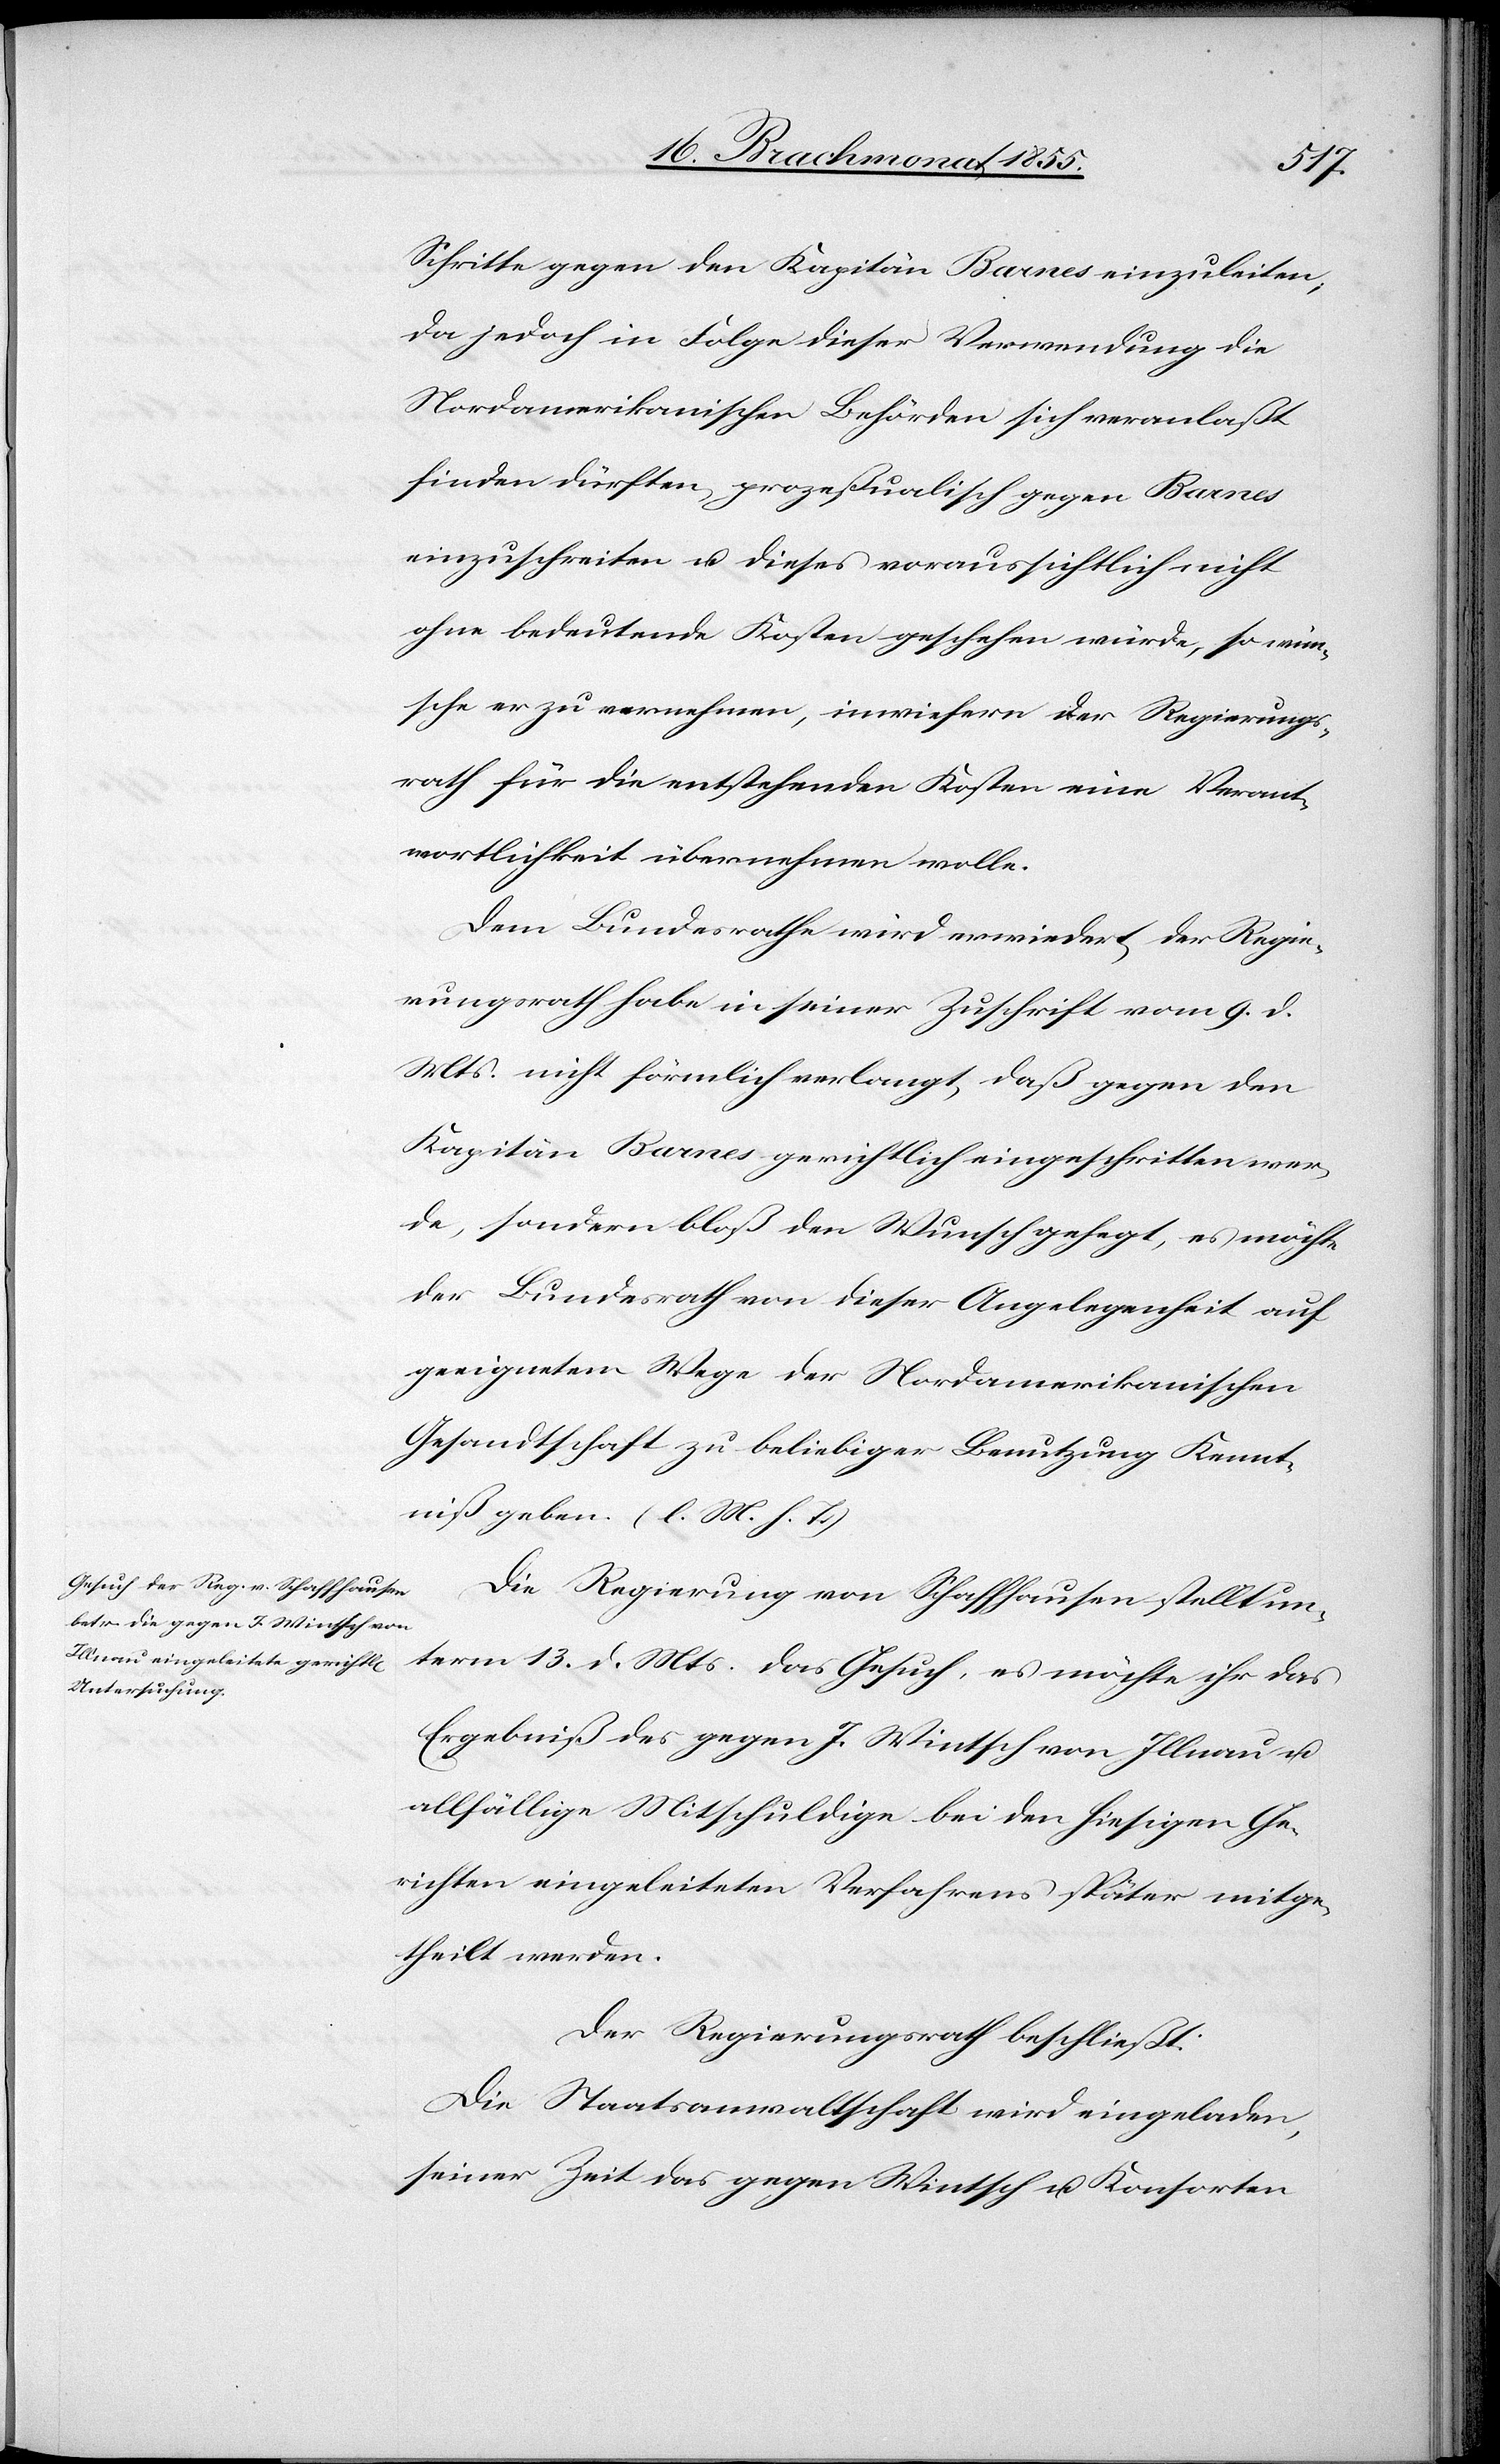
Schritte gegen den Kapitän Barnes einzuleiten;
da jedoch in Folge dieser Verwendung die
Nordamerikanischen Behörden sich veranlaßt
finden dürften, prozeßualisch gegen Barnes
einzuschreiten u. dieses voraussichtlich nicht
ohne bedeutende Kosten geschehen würde, so wün¬
sche er zu vernehmen, inwiefern der Regierungs¬
rath für die entstehenden Kosten eine Verant¬
wortlichkeit übernehmen wolle.
Dem Bundesrathe wird erwiedert, der Regie¬
rungsrath habe in seiner Zuschrift vom 9. d.
Mts. nicht förmlich verlangt, daß gegen den
Kapitän Barnes gerichtlich eingeschritten wer¬
de, sondern bloß den Wunsch gehegt, es möchte
der Bundesrath von dieser Angelegenheit auf
geeignetem Wege der Nordamerikanischen
Gesandtschaft zu beliebiger Benutzung Kennt¬
niß geben. (l. M. h. T.)
Die Regierung von Schaffhausen stellt un¬
term 13. d. Mts. das Gesuch, es möchte ihr das
Ergebniß des gegen J. Wintsch von Illnau u.
allfällige Mitschuldige bei den hiesigen Ge¬
richten eingeleiteten Verfahrens später mitge¬
theilt werden.
Der Regierungsrath beschließt:
Die Staatsanwaltschaft wird eingeladen,
seiner Zeit das gegen Wintsch u. Konsorten